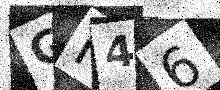
Text: GH46